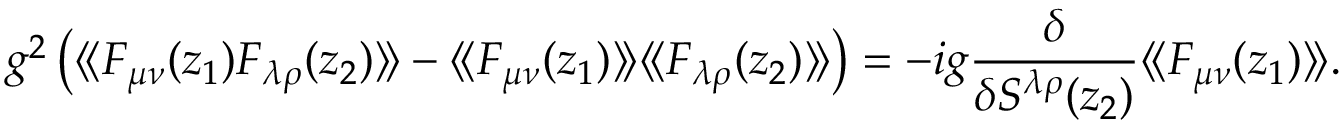
g ^ { 2 } \left( \langle \! \langle F _ { \mu \nu } ( z _ { 1 } ) F _ { \lambda \rho } ( z _ { 2 } ) \rangle \! \rangle - \langle \! \langle F _ { \mu \nu } ( z _ { 1 } ) \rangle \! \rangle \langle \! \langle F _ { \lambda \rho } ( z _ { 2 } ) \rangle \! \rangle \right) = - i g { \frac { \delta } { \delta S ^ { \lambda \rho } ( z _ { 2 } ) } } \langle \! \langle F _ { \mu \nu } ( z _ { 1 } ) \rangle \! \rangle .